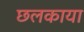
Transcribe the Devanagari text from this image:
छलकाया